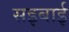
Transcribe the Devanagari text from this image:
सइबाई